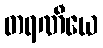
တရဏီယေ